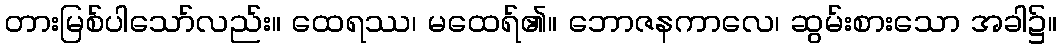
တားမြစ်ပါသော်လည်း။ ထေရဿ၊ မထေရ်၏။ ဘောဇနကာလေ၊ ဆွမ်းစားသော အခါ၌။